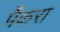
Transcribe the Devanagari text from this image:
पेँकरा